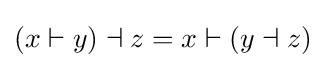
(x\vdash y)\dashv z=x\vdash (y\dashv z)